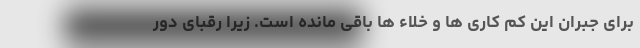
برای جبران این کم کاری ها و خلاء ها باقی مانده است. زیرا رقبای دور